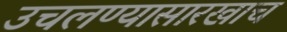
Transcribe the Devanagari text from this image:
उचलण्यासारखाच